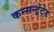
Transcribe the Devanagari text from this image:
कन्सन्ट्रेटेड